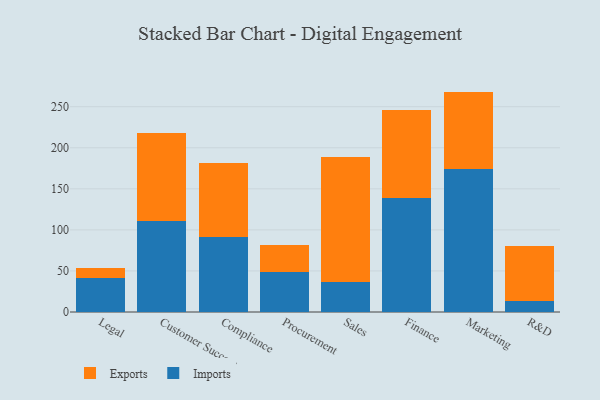
{"axis": {"x": "Department", "y": "Population (Million)"}, "legend": ["Exports", "Imports"], "data": [{"x": "Legal", "y": 41.3, "type": "Imports"}, {"x": "Legal", "y": 11.7, "type": "Exports"}, {"x": "Customer Success", "y": 111.2, "type": "Imports"}, {"x": "Customer Success", "y": 106.6, "type": "Exports"}, {"x": "Compliance", "y": 91.3, "type": "Imports"}, {"x": "Compliance", "y": 90.4, "type": "Exports"}, {"x": "Procurement", "y": 48.9, "type": "Imports"}, {"x": "Procurement", "y": 32.7, "type": "Exports"}, {"x": "Sales", "y": 36.0, "type": "Imports"}, {"x": "Sales", "y": 153.0, "type": "Exports"}, {"x": "Finance", "y": 139.3, "type": "Imports"}, {"x": "Finance", "y": 106.2, "type": "Exports"}, {"x": "Marketing", "y": 174.1, "type": "Imports"}, {"x": "Marketing", "y": 94.3, "type": "Exports"}, {"x": "R&D", "y": 14.0, "type": "Imports"}, {"x": "R&D", "y": 66.3, "type": "Exports"}]}